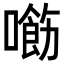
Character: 𠿰